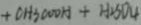
+ C H 3 0 0 0 H + H _ { 2 } S 0 4